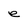
Character: e